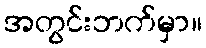
အတွင်းဘက်မှာ။